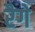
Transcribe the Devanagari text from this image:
रैगे